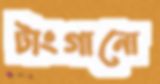
টাংগানো